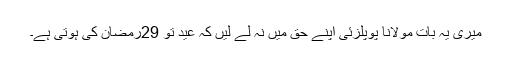
میری یہ بات مولانا پوپلزئی اپنے حق میں نہ لے لیں کہ عید تو 29رمضان کی ہوتی ہے۔